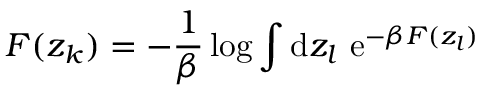
F ( z _ { k } ) = - \frac { 1 } { \beta } \log \int \mathrm { d } z _ { l } \, \operatorname { e } ^ { - \beta F ( z _ { l } ) }